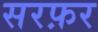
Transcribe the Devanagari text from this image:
सरफ़र